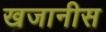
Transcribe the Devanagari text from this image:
खजानीस